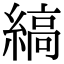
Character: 縞